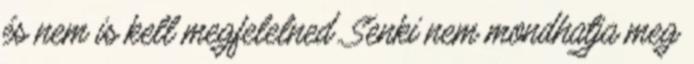
és nem is kell megfelelned. Senki nem mondhatja meg